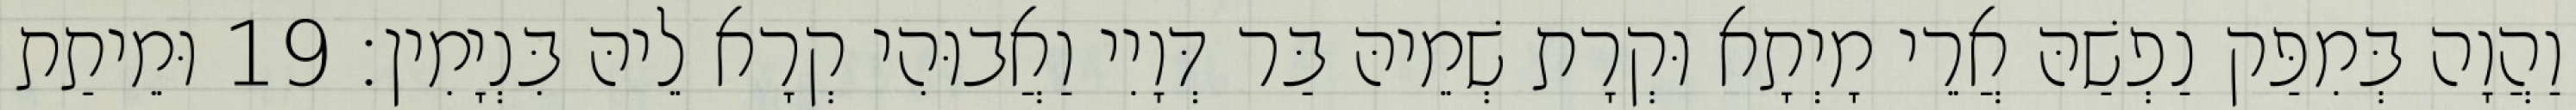
וַהֲוָה בְּמִפַּק נַפְשַׁהּ אֲרֵי מָיְתָא וּקְרָת שְׁמֵיהּ בַּר דְּוָיִי וַאֲבוּהִי קְרָא לֵיהּ בִּנְיָמִין׃ 19 וּמֵיתַת